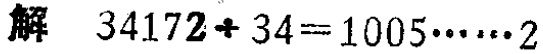
解 \(34172\div34 = 1005\cdots\cdots2\)